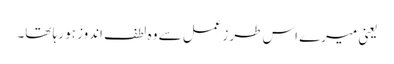
یعنی میرے اس طرزعمل سے وہ لطف اندوز ہو رہا تھا۔